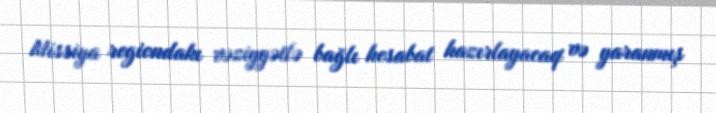
Missiya regiondakı vəziyyətlə bağlı hesabat hazırlayacaq və yaranmış